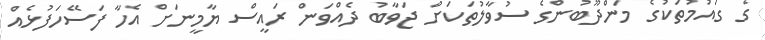
ގެ ގައުމުތަކުގެ މަންދޫބުންގެ ސުވާލުތަކަށް ޖަވާބު ދެއްވަން ރައީސް ޔާމީނަށް އެހާ ފަސޭހަފުޅެއް